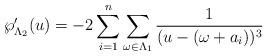
LaTeX: \begin{align*}\wp '_{\Lambda _2}(u)=-2\sum _{i=1}^n\sum _{\omega \in \Lambda _1}\frac{1}{(u-(\omega +a_i))^3} \end{align*}